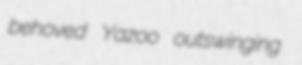
behoved Yazoo outswinging